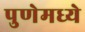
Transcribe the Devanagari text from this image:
पुणेमध्ये